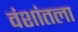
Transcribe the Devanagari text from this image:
वंशांतला